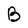
Character: B